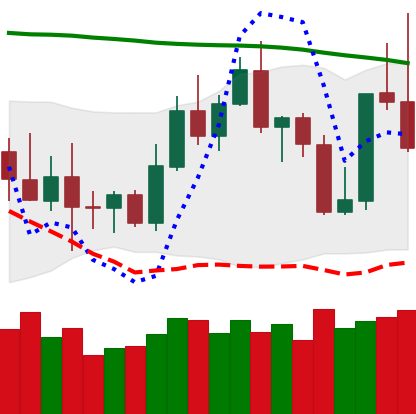
Ticker: TRX-USD
Chart end date: 2022-11-06
Forward return: -10.968%
Label: down_7plus